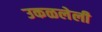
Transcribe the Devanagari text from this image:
उकळलेली